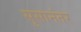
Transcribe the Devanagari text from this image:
सुसानंतर